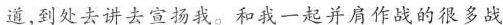
道，到处去讲去宣扬我。和我一起并肩作战的很多战